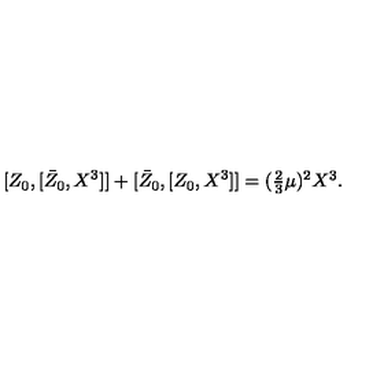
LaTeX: { } [ Z _ { 0 } , [ \bar { Z } _ { 0 } , X ^ { 3 } ] ] + [ \bar { Z } _ { 0 } , [ Z _ { 0 } , X ^ { 3 } ] ] = ( \textstyle { \frac { 2 } { 3 } } \mu ) ^ { 2 } X ^ { 3 } .